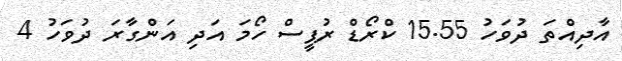
އާދިއްތަ ދުވަހު 15.55 ކްރޯޑް ރުޕީސް ހޯމަ އަދި އަންގާރަ ދުވަހު 4